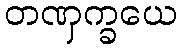
တဏှက္ခယေ